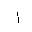
Letter: _alif